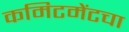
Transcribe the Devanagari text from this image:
कमिटमेंटचा